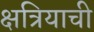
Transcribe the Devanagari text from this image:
क्षत्रियाची